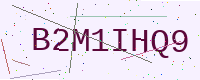
Text: B2M1IHQ9